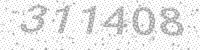
Solution: 311408